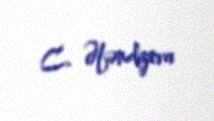
C. Əfəndiyeva